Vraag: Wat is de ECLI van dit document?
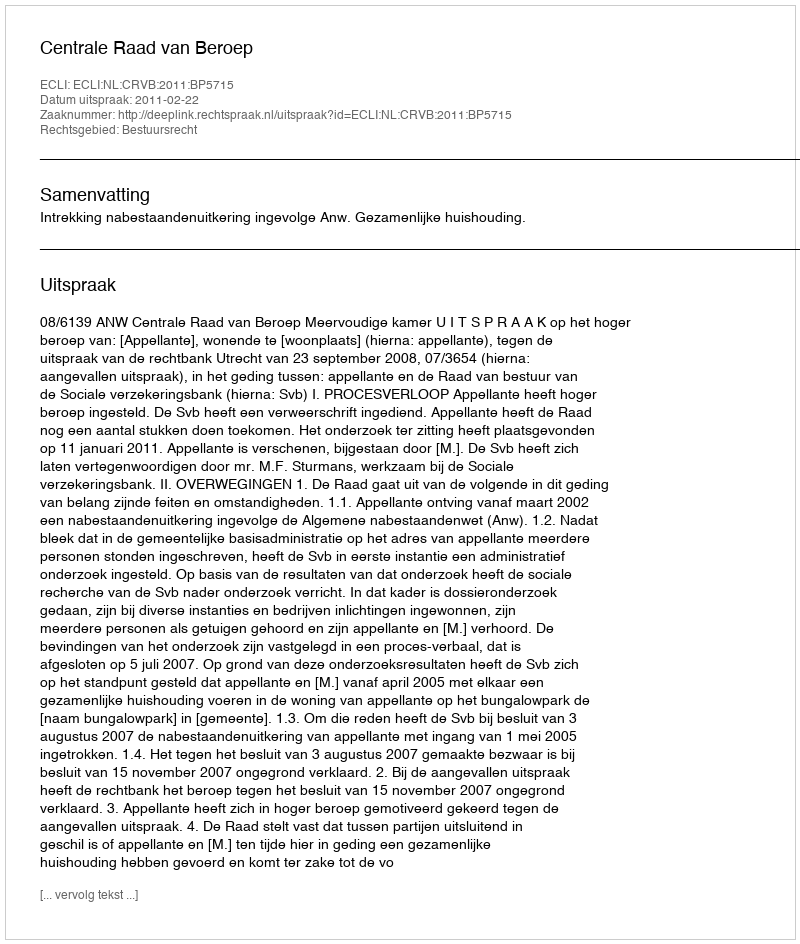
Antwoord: ECLI:NL:CRVB:2011:BP5715